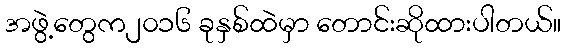
အဖွဲ့တွေက၂၀၁၆ ခုနှစ်ထဲမှာ တောင်းဆိုထားပါတယ်။